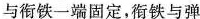
与衔铁一端固定，衔铁与弹